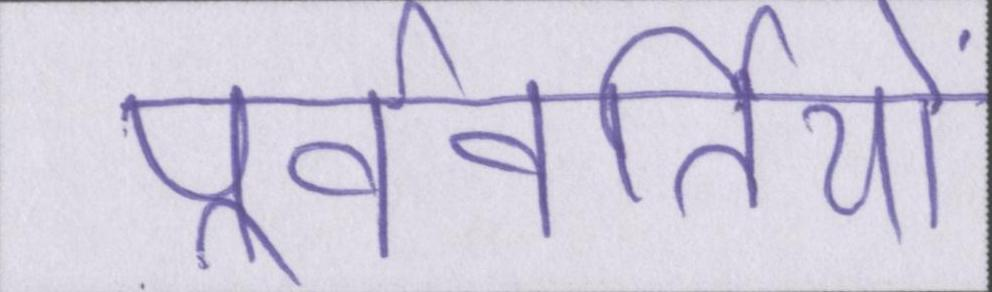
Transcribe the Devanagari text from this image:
पूर्ववर्तियों